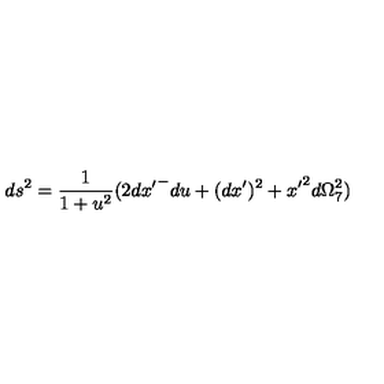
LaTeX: d s ^ { 2 } = \frac { 1 } { 1 + u ^ { 2 } } ( 2 { d x ^ { \prime } } ^ { - } d u + ( d x ^ { \prime } ) ^ { 2 } + { x ^ { \prime } } ^ { 2 } d \Omega _ { 7 } ^ { 2 } )